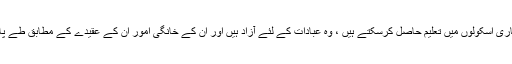
وہ سرکاری اسکولوں میں تعلیم حاصل کرسکتے ہیں ، وہ عبادات کے لئے آزاد ہیں اور ان کے خانگی امور ان کے عقیدے کے مطابق طے پاتے ہیں۔